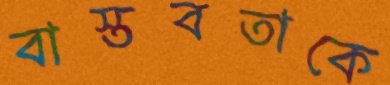
বাস্তবতাকে